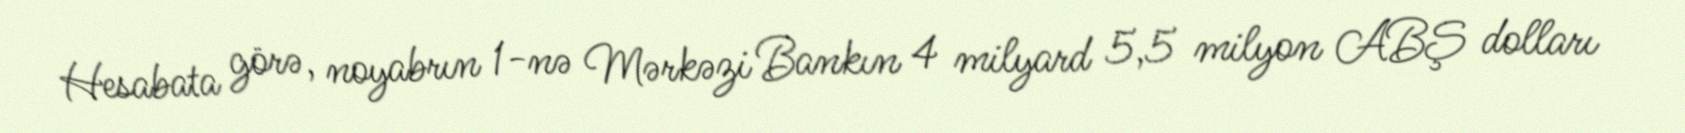
Hesabata görə, noyabrın 1-nə Mərkəzi Bankın 4 milyard 5,5 milyon ABŞ dolları